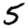
Digit: 5